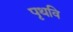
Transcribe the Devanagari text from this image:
पृथवि